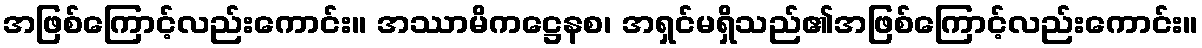
အဖြစ်ကြောင့်လည်းကောင်း။ အဿာမိကဋ္ဌေနစ၊ အရှင်မရှိသည်၏အဖြစ်ကြောင့်လည်းကောင်း။